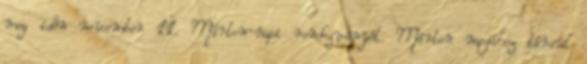
meg idén november 11. Márton-napi rendezvényét. Márton napjához társul